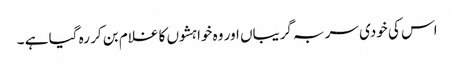
اس کی خودی سر بہ گریباں اور وہ خواہشوں کا غلام بن کر رہ گیا ہے ۔